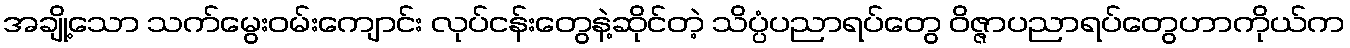
အချို့သော သက်မွေးဝမ်းကျောင်း လုပ်ငန်းတွေနဲ့ဆိုင်တဲ့ သိပ္ပံပညာရပ်တွေ ဝိဇ္ဇာပညာရပ်တွေဟာကိုယ်က